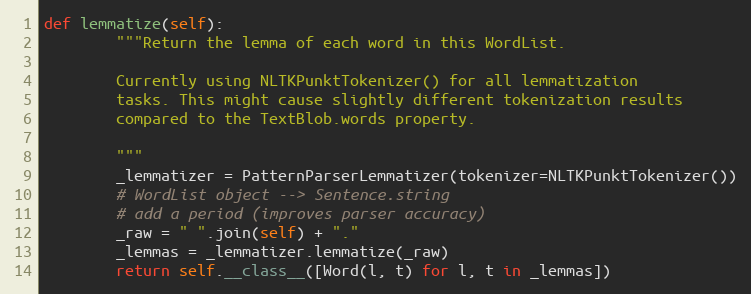
Language: Python
def lemmatize(self):
        """Return the lemma of each word in this WordList.

        Currently using NLTKPunktTokenizer() for all lemmatization
        tasks. This might cause slightly different tokenization results
        compared to the TextBlob.words property.

        """
        _lemmatizer = PatternParserLemmatizer(tokenizer=NLTKPunktTokenizer())
        # WordList object --> Sentence.string
        # add a period (improves parser accuracy)
        _raw = " ".join(self) + "."
        _lemmas = _lemmatizer.lemmatize(_raw)
        return self.__class__([Word(l, t) for l, t in _lemmas])